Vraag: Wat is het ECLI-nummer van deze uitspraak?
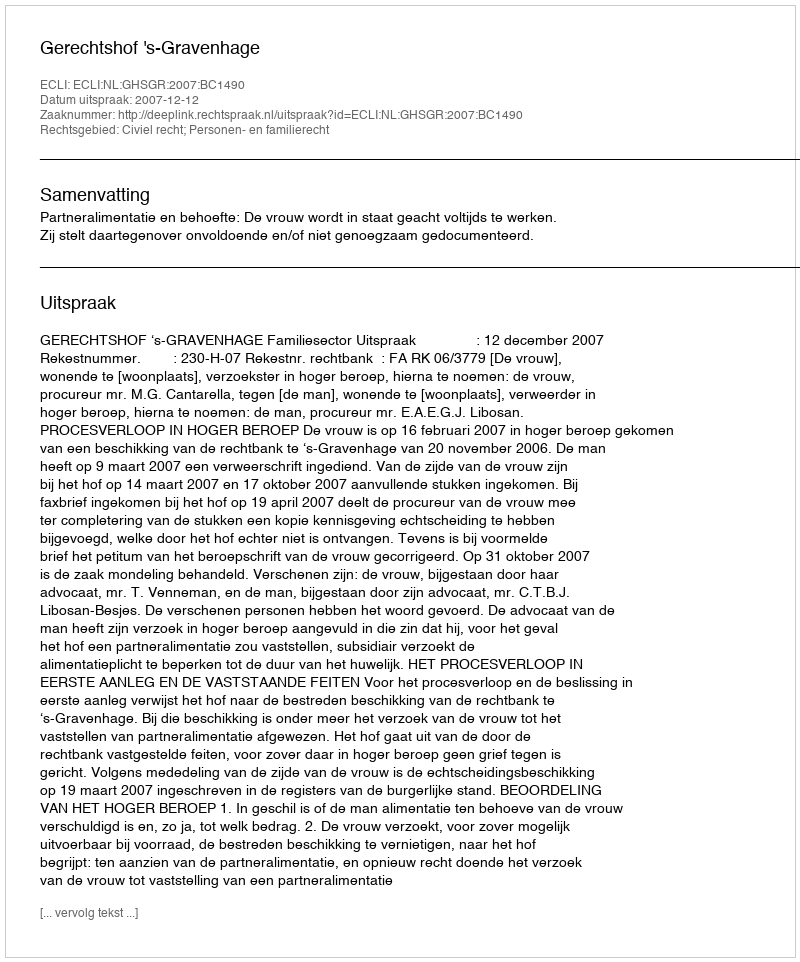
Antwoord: ECLI:NL:GHSGR:2007:BC1490